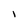
Character: I